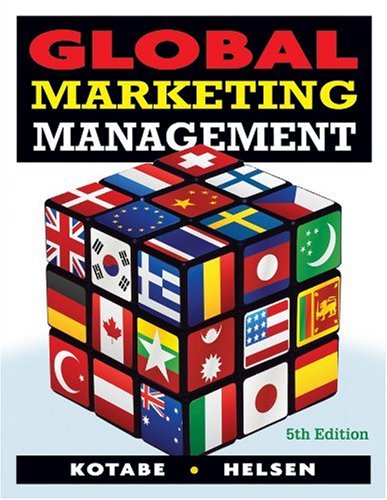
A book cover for Global Marketing Management; Masaaki (Mike) Kotabe; Business & Money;